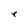
Character: r